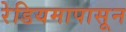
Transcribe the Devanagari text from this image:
रेडियमापासून